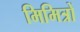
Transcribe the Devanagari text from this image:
मिमित्रों